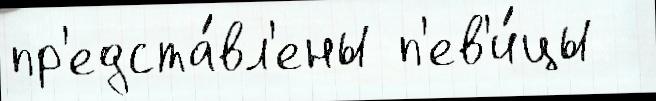
пр'едста́вл'ены п'ев'и́цы